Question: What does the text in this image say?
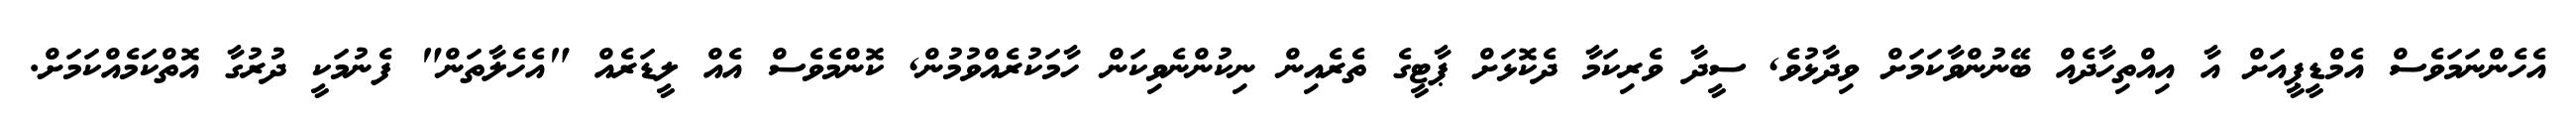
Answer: އެހެންނަމަވެސް އެމްޑީޕީއަށް އާ އިއްތިހާދެއް ބޭނުންވާކަމަށް ވިދާޅުވެ, ސީދާ ވެރިކަމާ ދެކޮޅަށް ޕާޓީގެ ތެރެއިން ނިކުންނެވިކަން ހާމަކުރެއްވުމުން, ކޮންމެވެސް އެއް ލީޑަރެއް "އެހެލާތަން" ފެނުމަކީ ދުރުގާ އޮތްކަމެއްކަމަށް.